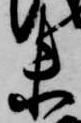
未